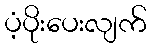
ပံ့ပိုးပေးလျက်